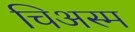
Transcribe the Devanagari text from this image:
चिअस्म